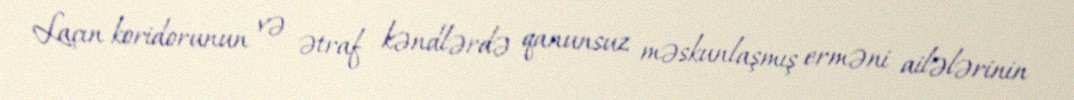
Laçın koridorunun və ətraf kəndlərdə qanunsuz məskunlaşmış erməni ailələrinin